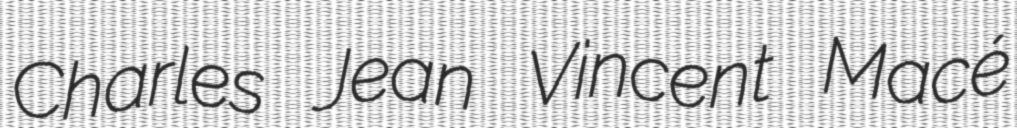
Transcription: Charles Jean Vincent Macé